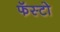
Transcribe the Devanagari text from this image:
फॅस्टो